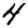
Digit: 4